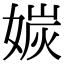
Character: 㛶